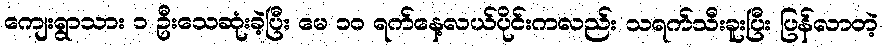
ကျေးရွာသား ၁ ဦးသေဆုံးခဲ့ပြီး မေ ၁၀ ရက်နေ့လယ်ပိုင်းကလည်း သရက်သီးခူးပြီး ပြန်လာတဲ့